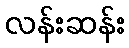
လန်းဆန်း